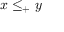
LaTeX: x \leq _ { + } y